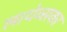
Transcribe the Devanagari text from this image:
लायेव्सका